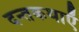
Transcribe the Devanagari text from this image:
दन्तकथाएँ